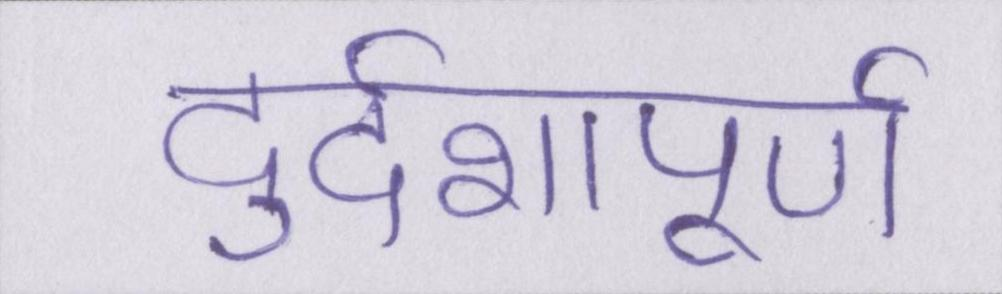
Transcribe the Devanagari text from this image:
दुर्दशापूर्ण